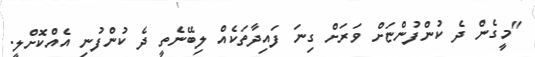
"މީގެން ދެ ކުންފުންޏަށް ވަރަށް ގިނަ ފައިދާތަކެއް ލިބޭނެތީ ދެ ކުންފުނި އެއްކޮށްލީ.